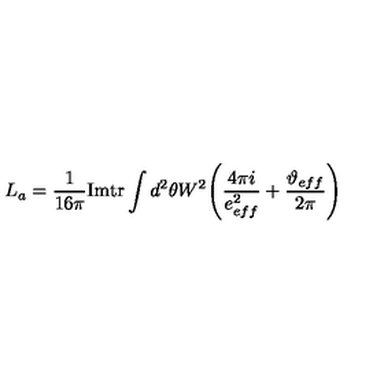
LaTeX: L _ { a } = \frac { 1 } { 1 6 \pi } \mathrm { I m } \mathrm { t r } \int d ^ { 2 } \theta W ^ { 2 } \Bigg ( \frac { 4 \pi i } { e _ { e f f } ^ { 2 } } + \frac { \vartheta _ { e f f } } { 2 \pi } \Bigg )